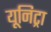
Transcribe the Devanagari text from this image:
यूनिट्रा